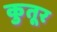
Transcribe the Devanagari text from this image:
कुतूर